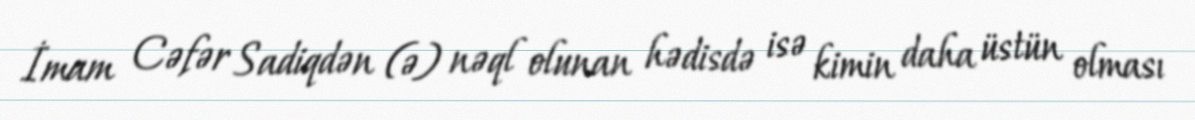
İmam Cəfər Sadiqdən (ə) nəql olunan hədisdə isə kimin daha üstün olması